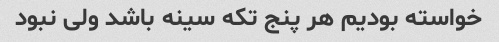
خواسته بودیم هر پنج تکه سینه باشد ولی نبود